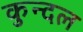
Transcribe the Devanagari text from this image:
कुन्दल